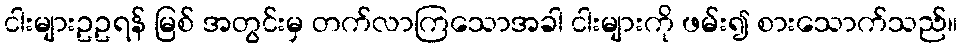
ငါးများဥဥရန် မြစ် အတွင်းမှ တက်လာကြသောအခါ ငါးများကို ဖမ်း၍ စားသောက်သည်။